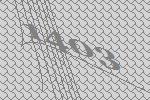
1403